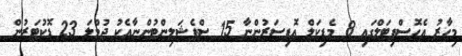
މިހާރު އެހޮސްޕިޓަލްގައި 8 މެޑިކަލް އޮފިސަރުންނާ 15 ސްޕެޝަލިންޓުންނާއެކު ޖުމްލަ 23 ޑޮކުޓަރުން